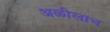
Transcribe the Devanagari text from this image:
अळीलाच